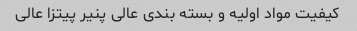
کیفیت مواد اولیه و بسته بندی عالی پنیر پیتزا عالی